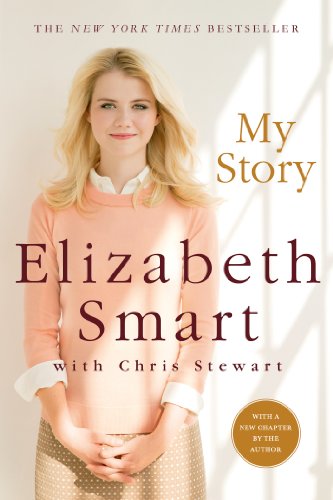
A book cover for My Story; Elizabeth Smart; Biographies & Memoirs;